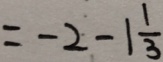
= - 2 - 1 \frac { 1 } { 3 }